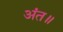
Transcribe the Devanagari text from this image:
अंत॥